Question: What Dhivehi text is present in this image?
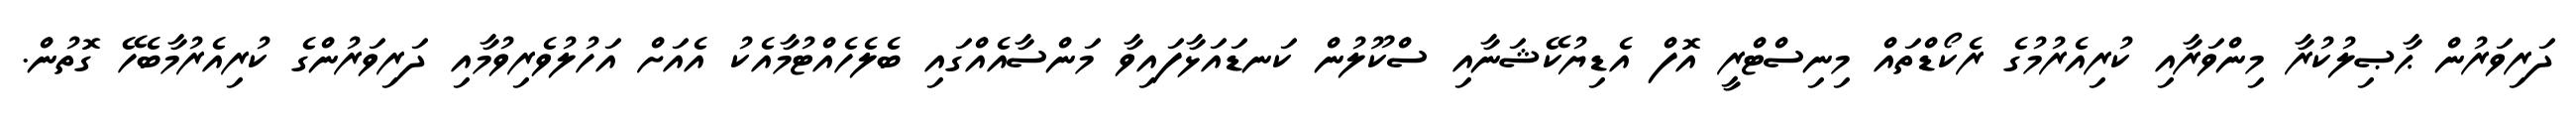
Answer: ދަރިވަރުން ޙާޞިލުކުރާ މިންވަރާއި ކުރިއެރުމުގެ ރެކޯޑްތައް މިނިސްޓްރީ އޮފް އެޑިޔުކޭޝަނާއި ސްކޫލުން ކަނޑައަޅާފައިވާ މަންސާއެއްގައި ބެލެހެއްޓުމާއެކު އެއަށް އަހުލުވެރިވުމާއި ދަރިވަރުންގެ ކުރިއެރުމާބެހޭ ގޮތުން.